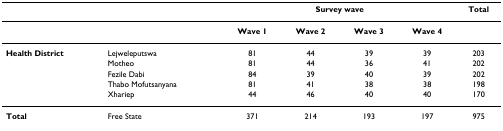
|  |  | <COLSPAN=4> Survey wave | Total |
 | --- | --- | --- | --- | --- | --- | --- |
 |  |  | Wave 1 | Wave 2 | Wave 3 | Wave 4 |  |
 | Health District | Lejweleputswa | 81 | 44 | 39 | 39 | 203 |
 |  | Motheo | 81 | 44 | 36 | 41 | 202 |
 |  | Fezile Dabi | 84 | 39 | 40 | 39 | 202 |
 |  | Thabo Mofutsanyana | 81 | 41 | 38 | 38 | 198 |
 |  | Xhariep | 44 | 46 | 40 | 40 | 170 |
 | Total | Free State | 371 | 214 | 193 | 197 | 975 |